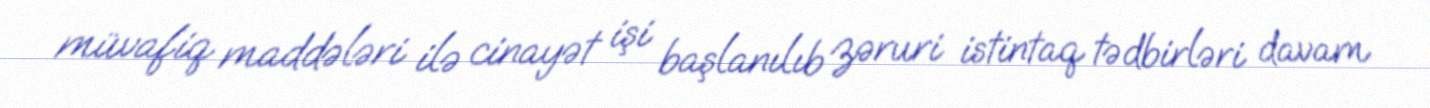
müvafiq maddələri ilə cinayət işi başlanılıb zəruri istintaq tədbirləri davam